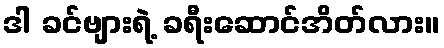
ဒါ ခင်ဗျားရဲ့ ခရီးဆောင်အိတ်လား။